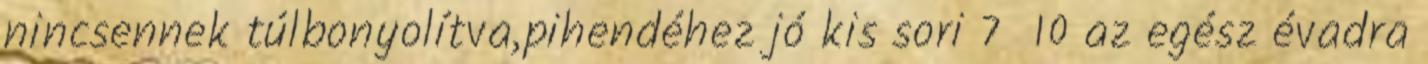
nincsennek túlbonyolítva,pihendéhez jó kis sori 7 10 az egész évadra